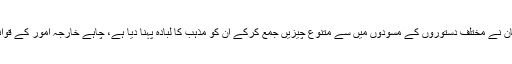
غزل حارث کہتی ہیں کہ طالبان نے مختلف دستوروں کے مسودوں میں سے متنوع چیزیں جمع کرکے ان کو مذہب کا لبادہ پہنا دیا ہے، چاہے خارجہ امور کے قوانین ہوں یا معیشت وغیرہ کے۔